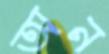
অন